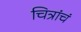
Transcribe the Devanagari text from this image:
चित्रांचं